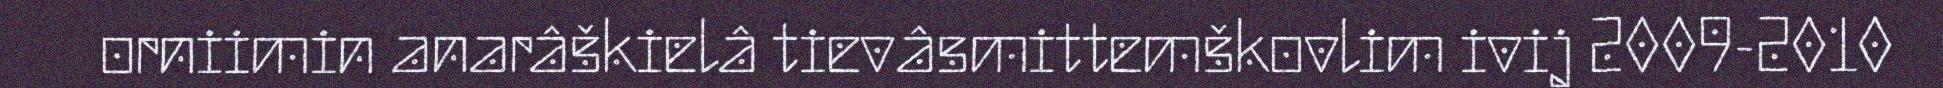
orniimin anarâškielâ tievâsmittemškovlim ivij 2009-2010